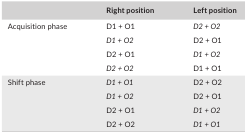
<table><thead><tr><td></td><td><b>Right position</b></td><td><b>Left position</b></td></tr></thead><tbody><tr><td rowspan="4">Acquisition phase</td><td>D1 + O1</td><td><i>D2 + O2</i></td></tr><tr><td><i>D1 + O2</i></td><td>D2 + O1</td></tr><tr><td>D2 + O1</td><td><i>D1 + O2</i></td></tr><tr><td><i>D2 + O2</i></td><td>D1 + O1</td></tr><tr><td rowspan="4">Shift phase</td><td><i>D1 + O1</i></td><td>D2 + O2</td></tr><tr><td><i>D1 + O2</i></td><td>D2 + O1</td></tr><tr><td>D2 + O1</td><td><i>D1 + O2</i></td></tr><tr><td>D2 + O2</td><td><i>D1 + O1</i></td></tr></tbody></table>